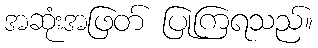
အဆုံးအဖြတ် ပြုကြရသည်။